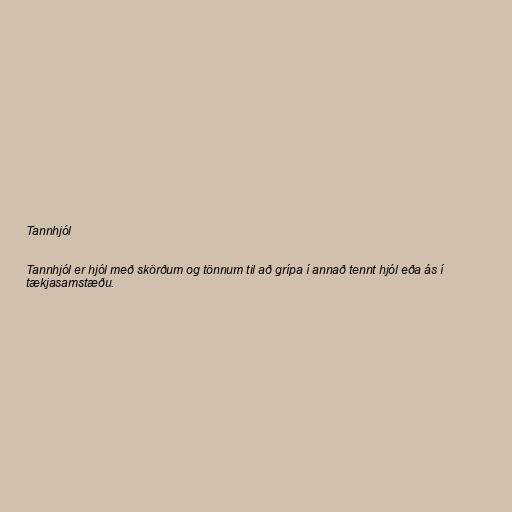
Tannhjól

Tannhjól er hjól með skörðum og tönnum til að grípa í annað tennt hjól eða ás í
tækjasamstæðu.